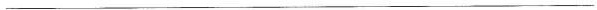
___